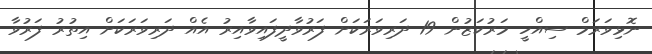
ނޮޅިވަރަމް ސިއްހީ މަރުކަޒުން 19 ދަރިވަރަކަށް ފަރުވާދީފައިވާއިރު އެއް ދަރިވަރަކަށް އިތުރު ފަރުވާ